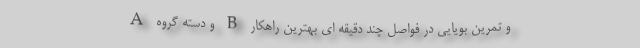
A و دسته گروه B و تمرین بویایی در فواصل چند دقیقه ای بهترین راهکار